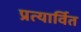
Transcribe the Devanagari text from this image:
प्रत्यार्वित